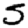
Digit: 5